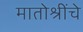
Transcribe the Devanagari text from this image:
मातोश्रींचे